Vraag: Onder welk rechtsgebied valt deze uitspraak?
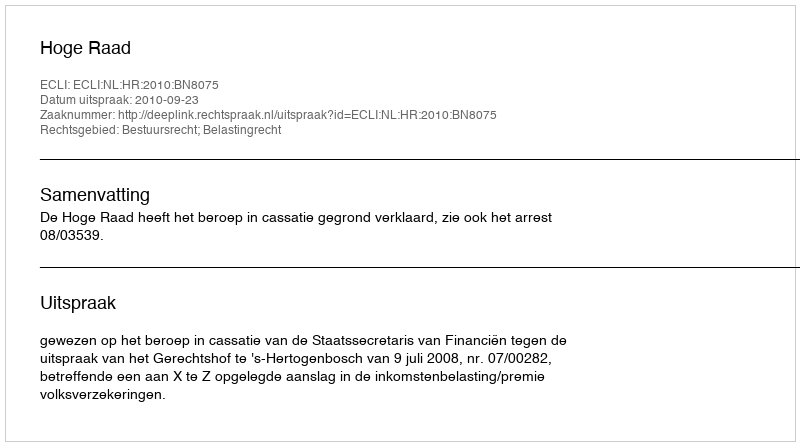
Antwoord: Bestuursrecht; Belastingrecht